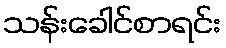
သန်းခေါင်စာရင်း